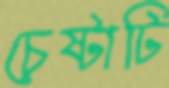
চেষ্টাটি